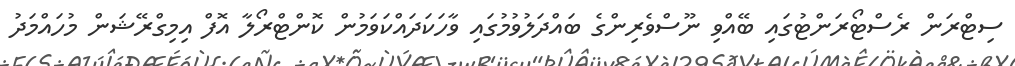
ސިޓްރަން ރެސްޓޯރަންޓުގައި ބޭއްވި ނޫސްވެރިންގެ ބައްދަލުވުމުގައި ވާހަކަދައްކަވަމުން ކޮންޓްރޯލާ އޮފް އިމިގްރޭޝަން މުހައްމަދު